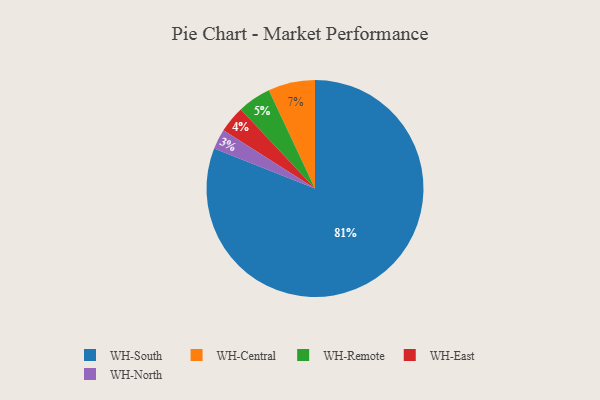
{"axis": {"x": "Category", "y": "Percentage"}, "legend": ["WH-Central", "WH-East", "WH-North", "WH-Remote", "WH-South"], "data": [{"x": "WH-Central", "y": 7, "type": "WH-Central"}, {"x": "WH-North", "y": 3, "type": "WH-North"}, {"x": "WH-Remote", "y": 5, "type": "WH-Remote"}, {"x": "WH-South", "y": 81, "type": "WH-South"}, {"x": "WH-East", "y": 4, "type": "WH-East"}]}